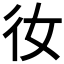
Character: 𫹌